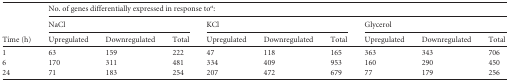
| <ROWSPAN=3> Time (h) | <COLSPAN=9> No. of genes differentially expressed in response toa: |
 | <COLSPAN=3> NaCl | <COLSPAN=3> KCl | <COLSPAN=3> Glycerol |
 | Upregulated | Downregulated | Total | Upregulated | Downregulated | Total | Upregulated | Downregulated | Total |
 | --- | --- | --- | --- | --- | --- | --- | --- | --- | --- |
 | 1 | 63 | 159 | 222 | 47 | 118 | 165 | 363 | 343 | 706 |
 | 6 | 170 | 311 | 481 | 334 | 409 | 953 | 160 | 290 | 450 |
 | 24 | 71 | 183 | 254 | 207 | 472 | 679 | 77 | 179 | 256 |